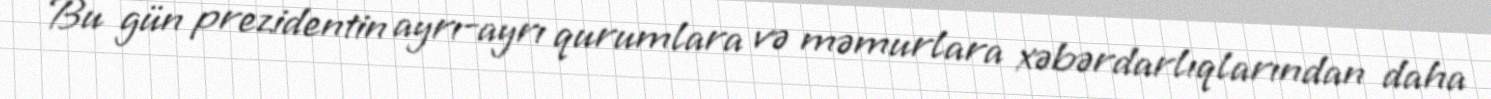
- Bu gün prezidentin ayrı-ayrı qurumlara və məmurlara xəbərdarlıqlarından daha